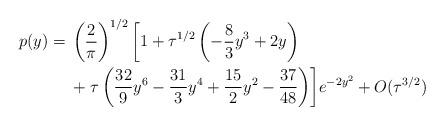
LaTeX: \begin{align*}\begin{aligned}p(y) ={} & \left(\frac{2}{\pi}\right)^{1/2}\biggl[1+\tau^{1/2}\left(-\frac{8}{3}y^{3}+2y\right) \\& +\tau\left(\frac{32}{9}y^{6}-\frac{31}{3}y^{4}+\frac{15}{2}y^{2}-\frac{37}{48}\right)\biggr]e^{-2y^{2}}+O(\tau^{3/2})\end{aligned}\end{align*}